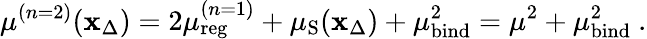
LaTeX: \mu^{(n=2)}(\mathbf{x}_{\Delta})=2\mu_{\mathrm{{reg}}}^{(n=1)}+\mu_{\mathrm{{S}}}(\mathbf{x}_{\Delta})+\mu_{\mathrm{{bind}}}^{2}=\mu^{2}+\mu_{\mathrm{{bind}}}^{2}\ .